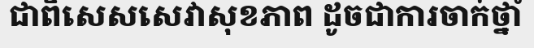
ជាពិសេសសេវាសុខភាព ដូចជាការចាក់ថ្នាំ